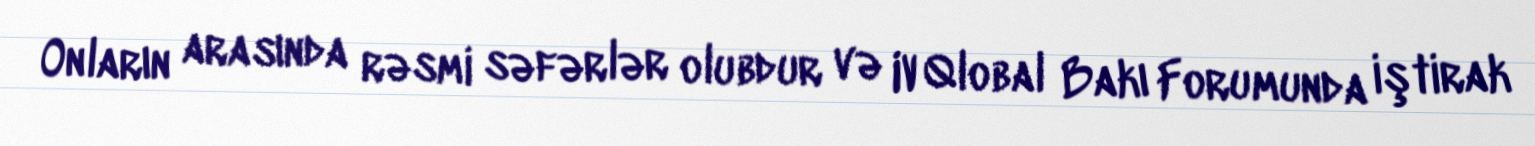
Onların arasında rəsmi səfərlər olubdur və IV Qlobal Bakı Forumunda iştirak